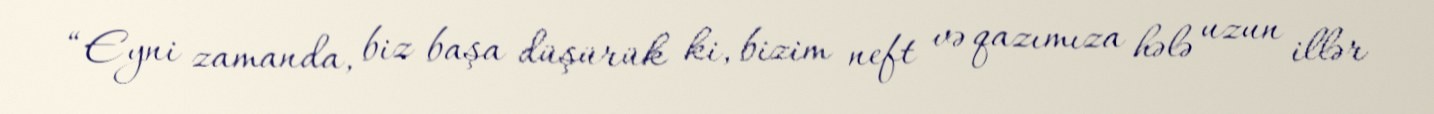
“Eyni zamanda, biz başa düşürük ki, bizim neft və qazımıza hələ uzun illər